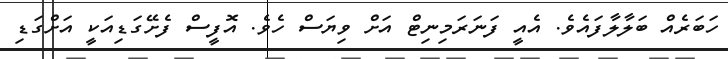
ހަބަރެއް ބަލާލާފައެވެ. އެއީ ފަނަރަމިނިޓް އަށް ވިޔަސް ހެވެ. އޮފީސް ފެށޭގަޑިއަކީ އަށްގަޑި